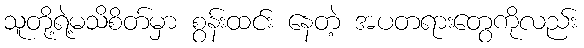
သူတို့ရဲ့မသိစိတ်မှာ စွန်းထင်း နေတဲ့ အပတရားတွေကိုလည်း